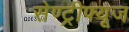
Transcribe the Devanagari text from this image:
सेण्ट्रीफ्यूज